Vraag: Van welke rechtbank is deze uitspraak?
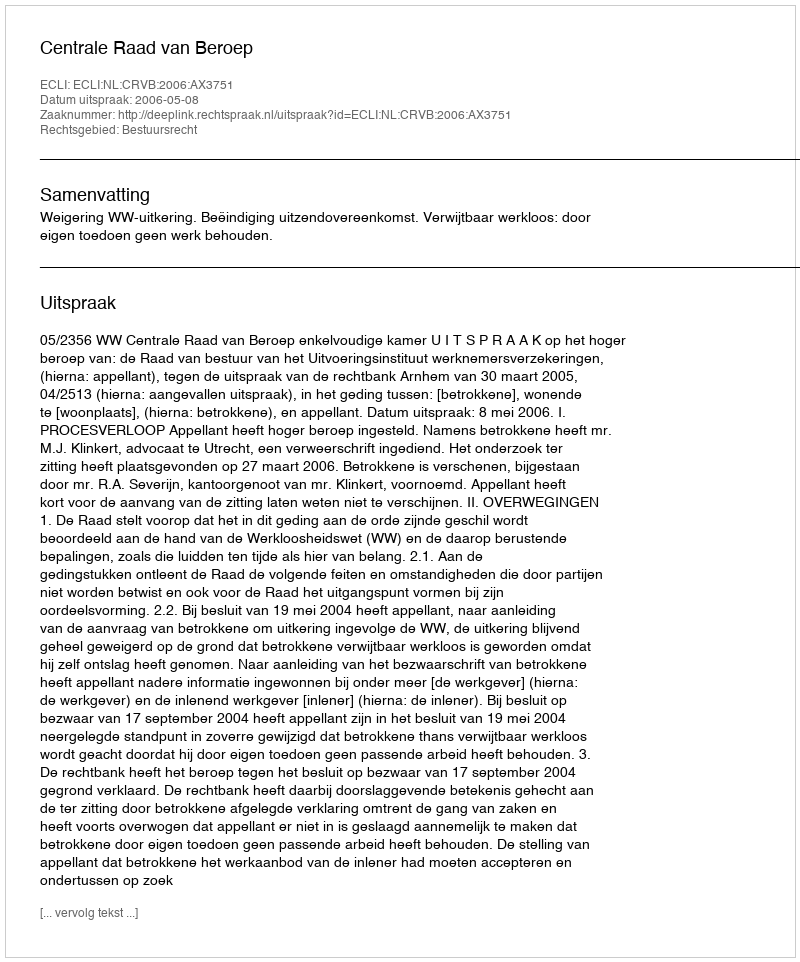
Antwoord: Centrale Raad van Beroep